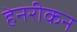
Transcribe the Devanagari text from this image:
हेनरीकन